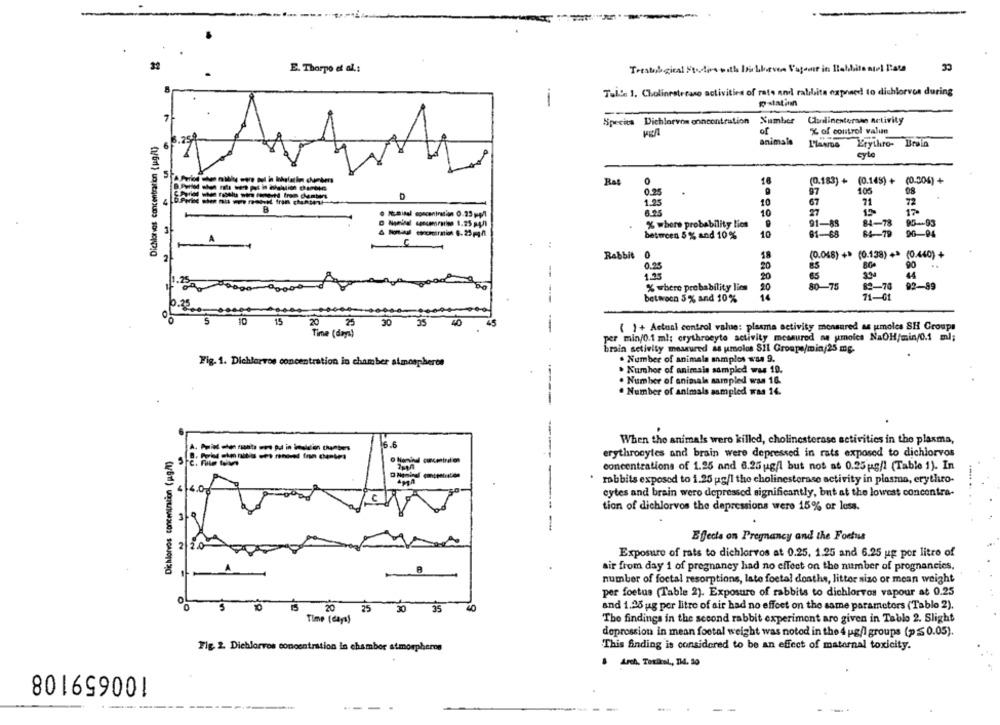
CC
32
E. Thorpo et al .:
da Vagemir in Rabbits miel Tats
TuL'e 1. Cholinestecaso activities of rate and ralchsite expneed to dichlorvos during
-
Species Dichlorvon concentration Number
Clundinenteraan Activity
of
% of control valin
Dichorvos concentration {ug/l)
3.25
animale
L'lasms Erythro-
5
Rat
16
(0.183) + (0.148) + (0.00%) +
0.25
1.25
10
10
% where probability lies
95-93
84-79
between 5 % and 10%
10
91-68
96-94
..
Rabbit 0
(0.048) +* (0.138) +* (0.440) +
2
18
0.25
20
90
1.95
44
% where probability lien
20
92-89
between 5% and 10%
10.25
5
10
15
.25
30
40
( ) + Actual control value: plasma activity monsured as umoles SH Groups
Time (dep)
per min/0.1 ml; erythrocyte activity measured as umoics NaOH/min/0.1 ml;
brain setivity measured as umolos Sil Groups/min/25 mg.
. Number of animala amplos was 9.
Fig. 1. Dichlorvos concentration in chamber atmospheres
. Kumhor of animals sampled was 19.
. Number of animals sampled was 16.
. Number of animals sampled was 14.
When the animals were killed, cholinesterase activities in the plasma,
Dichlorvos concentration (pgm)
erythrocytes and brain were depressed in rats exposed to dichiorvos
concentrations of 1.25 and 6.25 g/l but not at 0.25 g/l (Table 1). In
---
rabbits exposed to 1.25 g/l the cholinesterase activity in plasma, erythro-
4 4.0g
cytes and brain wero depressed significantly, but at the lowest concontra-
..... .. .
tion of dichlorvos the depressions were 15% or loss.
Effects on Pregnancy and the Foetus
2 2.0
Exposure of rats to dichlorvos at 0.25. 1.25 and 6.25 up por litro of
A
air from day 1 of pregnancy had no effect on the number of prognancies,
number of foctal resorptions, late foctal dosthe, littor sizo or mean weight
per foetus (Table 2). Exposure of rabbits to dichlorvos vapour at 0.25
O
20
25
30 35
and 1.25 ug per litre of air had no effect on the same parameters (Tablo 2).
Time ( days)
The findings in the second rabbit experiment are given in Table 2. Slight
dopression in mean footal weight was notod in the 4 ug/1 groups (p≤ 0.05).
This Anding is considered to be an effect of maternal toxicity.
Fig. 2. Diehlorvos concentration in chamber atmospheres
100659108
· Anth, Toxis, DA. 30